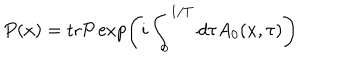
P ( x ) = \mathrm { t r } { \cal P } \exp \left( i \int _ { 0 } ^ { 1 / T } d \tau A _ { 0 } ( x , \tau ) \right)